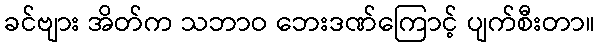
ခင်ဗျား အိတ်က သဘာဝ ဘေးဒဏ်ကြောင့် ပျက်စီးတာ။